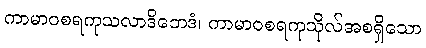
ကာမာဝစရကုသလာဒိဘေဒံ၊ ကာမာဝစရကုသိုလ်အစရှိသော